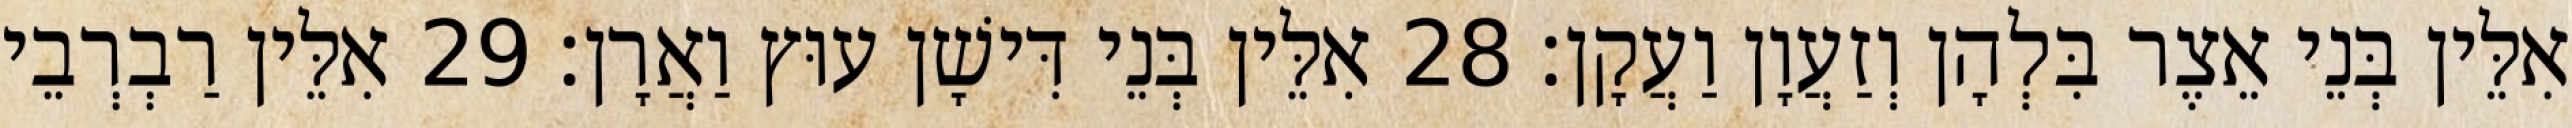
אִלֵּין בְּנֵי אֵצֶר בִּלְהָן וְזַעֲוָן וַעֲקָן׃ 28 אִלֵּין בְּנֵי דִּישָׁן עוּץ וַאֲרָן׃ 29 אִלֵּין רַבְרְבֵי